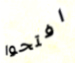
افتحوا